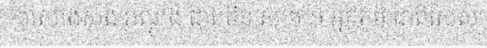
ការសាងសង់ អណ្តូង ជាច្រើន សម្រាប់ អ្នកភូមិ ជាពិសេស